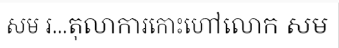
សម រ...តុលាការកោះហៅលោក សម